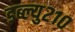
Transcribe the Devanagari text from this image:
डब्ल्यु२१०